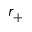
r _ { + }